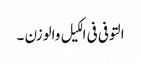
التوفی فی الکیل والوزن ۔